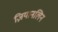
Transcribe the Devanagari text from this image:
ज़ियानलिन